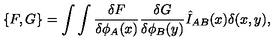
\{ F , G \} = \int \int { \frac { \delta F } { \delta \phi _ { A } ( x ) } } { \frac { \delta G } { \delta \phi _ { B } ( y ) } } \hat { I } _ { A B } ( x ) \delta ( x , y ) ,